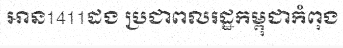
អាន1411ដង ប្រជាពលរដ្ឋកម្ពុជាកំពុង